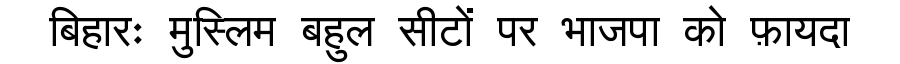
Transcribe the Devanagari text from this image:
बिहारः मुस्लिम बहुल सीटों पर भाजपा को फ़ायदा